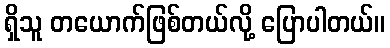
ရှိသူ တယောက်ဖြစ်တယ်လို့ ပြောပါတယ်။